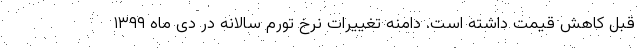
قبل کاهش قیمت داشته است. دامنه تغییرات نرخ تورم سالانه در دی ماه ١٣٩٩